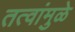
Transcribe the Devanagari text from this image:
तत्वांमुळे